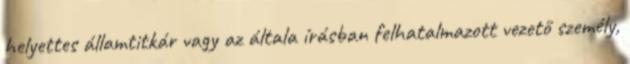
helyettes államtitkár vagy az általa írásban felhatalmazott vezető személy,